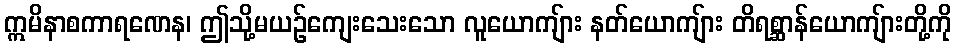
ဣမိနာစကာရဏေန၊ ဤသို့မယဉ်ကျေးသေးသော လူယောကျ်ား နတ်ယောကျ်ား တိရစ္ဆာန်ယောကျ်ားတို့ကို